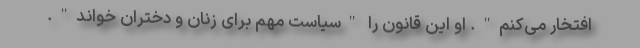
افتخار می‌کنم". او این قانون را "سیاست مهم برای زنان و دختران خواند".